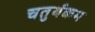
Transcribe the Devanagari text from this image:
चतुर्थकम